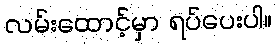
လမ်းထောင့်မှာ ရပ်ပေးပါ။